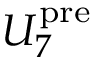
U _ { 7 } ^ { \mathrm { p r e } }